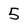
Character: 5